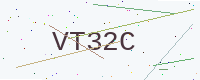
Text: VT32C